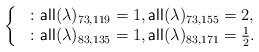
LaTeX: \begin{align*} \left\{ \; \begin{array}{l} \colon \mathsf{all}(\lambda)_{73,119} = 1, \mathsf{all}(\lambda)_{73,155} = 2, \\ \colon \mathsf{all}(\lambda)_{83,135} = 1, \mathsf{all}(\lambda)_{83,171} = \tfrac12. \end{array} \right. \end{align*}